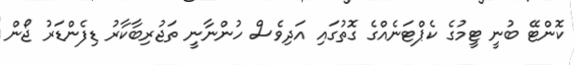
ކޮންޓޭ ބުނީ ޓީމުގެ ކެޕްޓަނެއްގެ ގޮތުގައި އަދިވެސް ހުންނާނީ ތަޖުރިބާކާރު ޑިފެންޑަރު ޖޯން